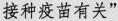
接种疫苗有关”